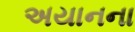
અયાનના